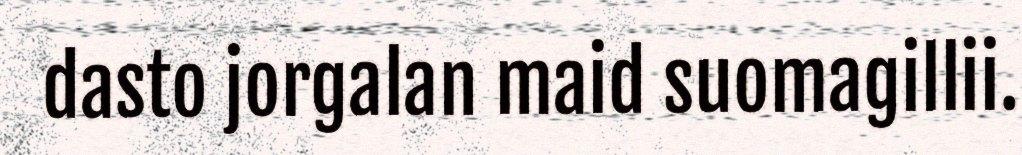
dasto jorgalan maid suomagillii.